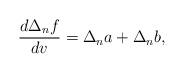
LaTeX: \begin{align*} \frac{d\Delta_nf}{dv}=\Delta_na+\Delta_nb,\end{align*}